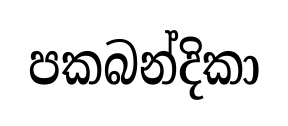
පකබන්දිකා